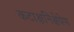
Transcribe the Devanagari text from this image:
कटाक्षनिक्षेपेण